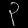
Digit: ၃